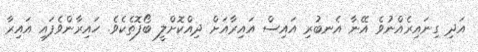
އަދި ގިނައިރެއްނުވެ އޭނާ އެނބުރި އައިސް އައިރާއަށް ދިއްކޮށްލީ ބޯފޮތެކެވެ. ހައިރާންވެފައި އައިރާ